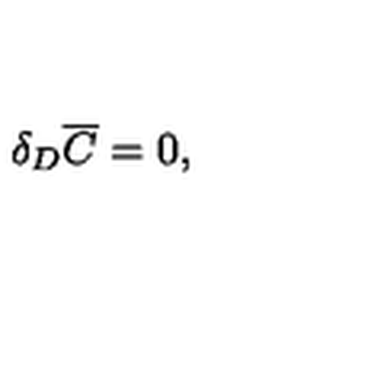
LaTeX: \delta _ { D } \overline { C } = 0 ,